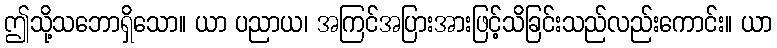
ဤသို့သဘောရှိသော။ ယာ ပညာယ၊ အကြင်အပြားအားဖြင့်သိခြင်းသည်လည်းကောင်း။ ယာ